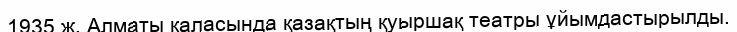
1935 ж. Алматы қаласында қазақтың қуыршақ театры ұйымдастырылды.